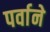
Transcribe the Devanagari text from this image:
पर्वाने